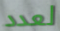
لعدد